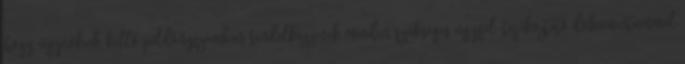
hogy ügynökeik kellő példányszámban rendelkezzenek minden szükséges ügyfél-tájékoztató dokumentummal